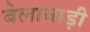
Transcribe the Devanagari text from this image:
बेलावाड़ी